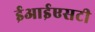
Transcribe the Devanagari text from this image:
ईआईएसटी